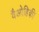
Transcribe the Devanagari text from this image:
वैओहिकी